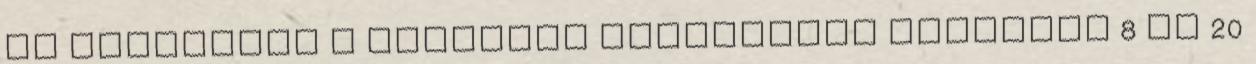
az országban a hótakaró vastagsága jelenleg 8 és 20